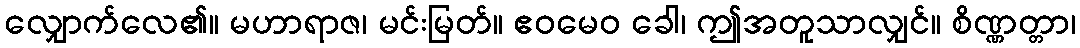
လျှောက်လေ၏။ မဟာရာဇ၊ မင်းမြတ်။ ဧဝမေဝ ခေါ၊ ဤအတူသာလျှင်။ စိဏ္ဏတ္တာ၊